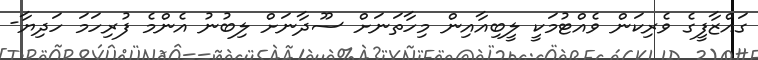
ގައްޒާފީގެ ވެރިކަން ވެއްޓުމަކީ ލީބިއާއިން މިހާތަނަށް ސޫދާނަށް ލިބުނު އެންމެ ފުރިހަމަ ހަދިޔާ-